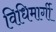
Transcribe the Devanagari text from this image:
विधिमार्गी